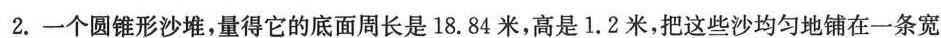
2.一个圆锥形沙堆，量得它的底面周长是18.84米，高是1.2米，把这些沙均匀地铺在一条宽